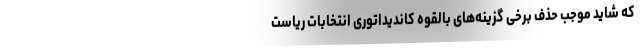
که شاید موجب حذف برخی گزینه‌های بالقوه کاندیداتوری انتخابات ریاست